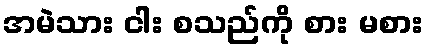
အမဲသား ငါး စသည်ကို စား မစား